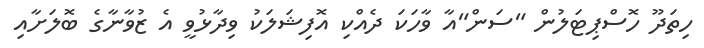
ހިތަދޫ ހޮސްޕިޓަލުން "ސަން"އާ ވާހަކަ ދެއްކި އޮފިޝަލަކު ވިދާޅުވީ އެ ޒުވާނާގެ ބޮލަށާއި